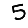
Digit: 5